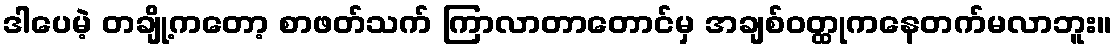
ဒါပေမဲ့ တချို့ကတော့ စာဖတ်သက် ကြာလာတာတောင်မှ အချစ်ဝတ္ထုကနေတက်မလာဘူး။